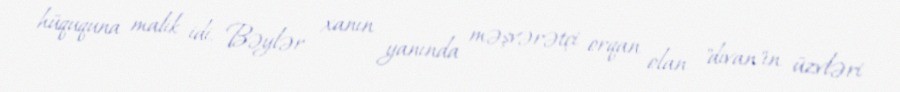
hüququna malik idi. Bəylər xanın yanında məşvərətçi orqan olan "divan"ın üzvləri